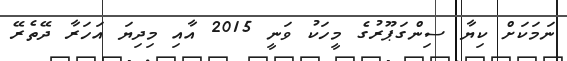
ނަމަކަށް ކިޔާ ސިންގަޕޫރުގެ މީހަކު ވަނީ 2015 އާއި މިދިޔަ އަހަރާ ދޭތެރޭ